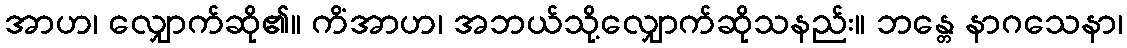
အာဟ၊ လျှောက်ဆို၏။ ကိံအာဟ၊ အဘယ်သို့လျှောက်ဆိုသနည်း။ ဘန္တေ နာဂသေနာ၊